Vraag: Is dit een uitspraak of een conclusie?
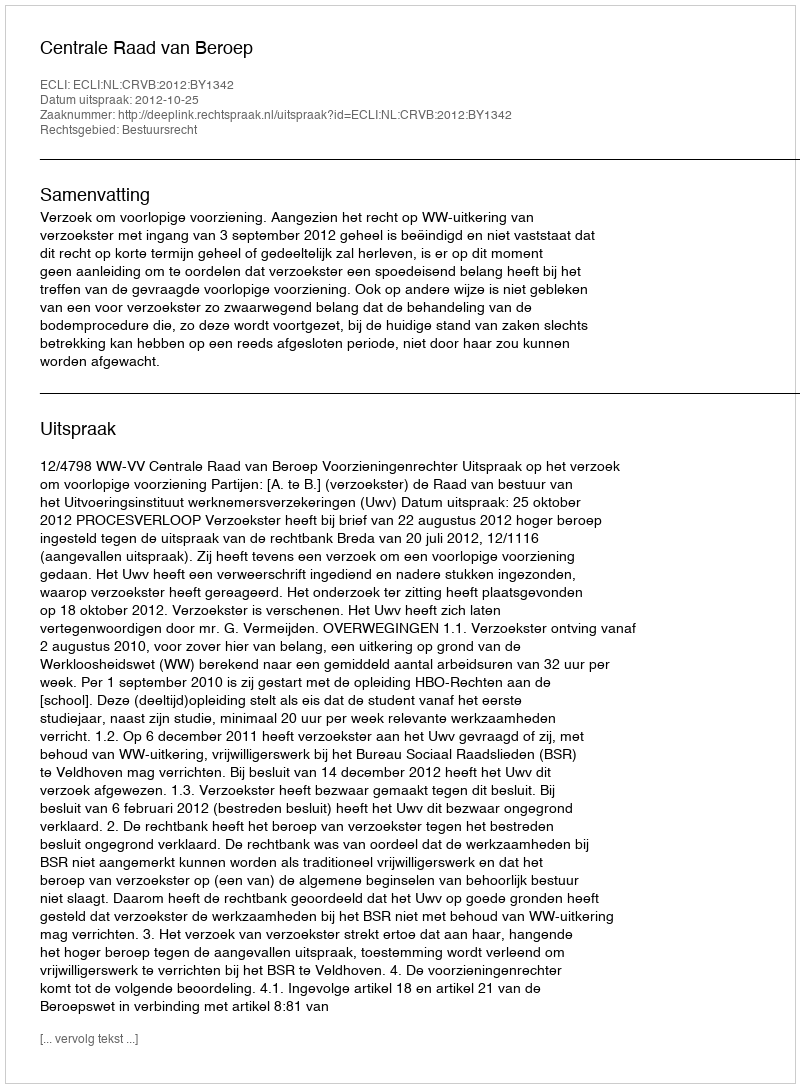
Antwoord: Uitspraak